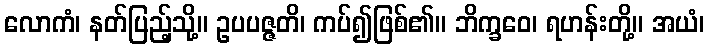
လောကံ၊ နတ်ပြည့်သို့။ ဥပပဇ္ဇတိ၊ ကပ်၍ဖြစ်၏။ ဘိက္ခဝေ၊ ရဟန်းတို့။ အယံ၊